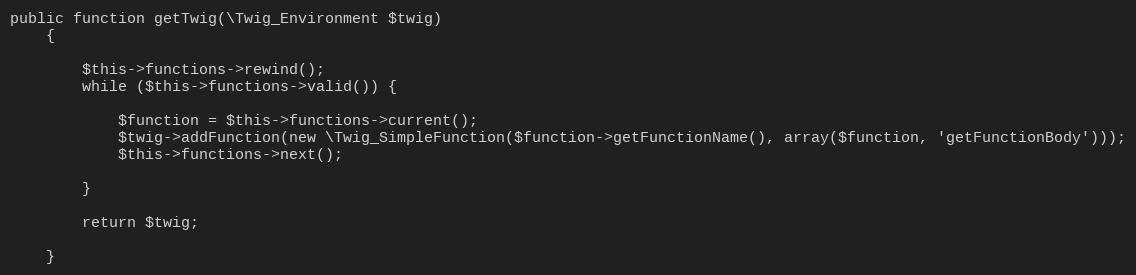
Language: PHP
public function getTwig(\Twig_Environment $twig)
    {

        $this->functions->rewind();
        while ($this->functions->valid()) {

            $function = $this->functions->current();
            $twig->addFunction(new \Twig_SimpleFunction($function->getFunctionName(), array($function, 'getFunctionBody')));
            $this->functions->next();

        }

        return $twig;

    }